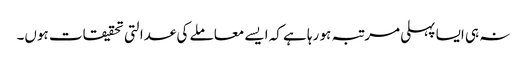
نہ ہی ایسا پہلی مرتبہ ہو رہا ہے کہ ایسے معاملے کی عدالتی تحقیقات ہوں۔